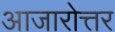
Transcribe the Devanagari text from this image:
आजारोत्तर